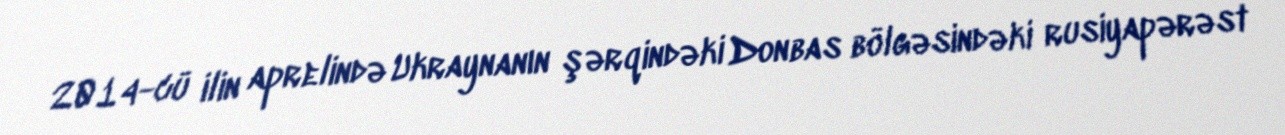
2014-cü ilin aprelində Ukraynanın şərqindəki Donbas bölgəsindəki rusiyapərəst